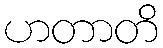
ဟတာတိ